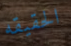
الحقيقه